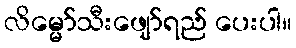
လိမ္မော်သီးဖျော်ရည် ပေးပါ။